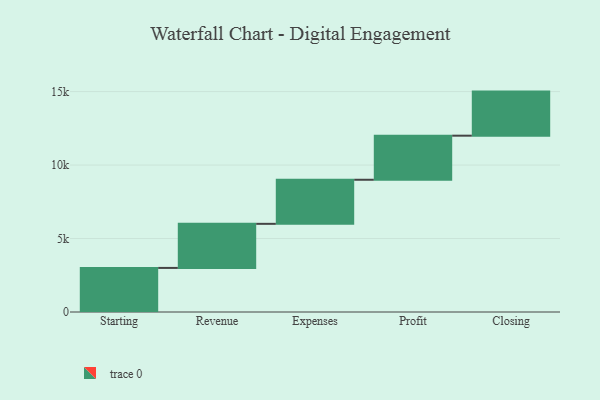
{"axis": {"x": "Step", "y": "Value"}, "legend": [""], "data": [{"x": "Starting", "y": 3000, "type": ""}, {"x": "Revenue", "y": 3000, "type": ""}, {"x": "Expenses", "y": 3000, "type": ""}, {"x": "Profit", "y": 3000, "type": ""}, {"x": "Closing", "y": 3000, "type": ""}]}